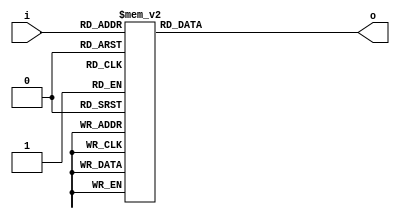
module dec (
    input      [3:0] i,
    output reg [3:0] o
  );
  always @(i)
    case (i)
      4'h0: o <= 4'hf;
      4'h1: o <= 4'h0;
      4'h2: o <= 4'h1;
      4'h3: o <= 4'h2;
      4'h4: o <= 4'h3;
      4'h5: o <= 4'h4;
      4'h6: o <= 4'h5;
      4'h7: o <= 4'h6;
      4'h8: o <= 4'h7;
      4'h9: o <= 4'h8;
      4'ha: o <= 4'h9;
      4'hb: o <= 4'ha;
      4'hc: o <= 4'hb;
      4'hd: o <= 4'hc;
      4'he: o <= 4'hd;
      default: o <= 4'he;
    endcase
endmodule